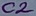
Text: C2